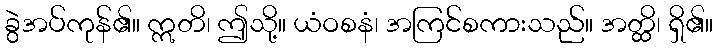
ခွဲအပ်ကုန်၏။ ဣတိ၊ ဤသို့။ ယံဝစနံ၊ အကြင်စကားသည်။ အတ္ထိ၊ ရှိ၏။